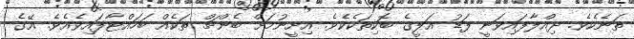
ތަނެކެވެ. ދިއްލާފައިވަނީ ފަޑު އަލީގެ ބޮކިތަކެކެވެ. އިށީނުމަށް ބެންޗް ތަކެއް ބަހައްޓާފައިވެއެވެ. އޭގެ